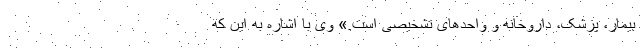
بیمار، پزشک، داروخانه و واحدهای تشخیصی است.» وی با اشاره به این که